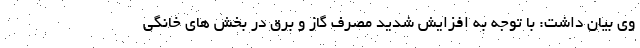
وی بیان داشت: با توجه به افزایش شدید مصرف گاز و برق در بخش های خانگی